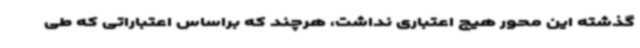
گذشته این محور هیچ اعتباری نداشت، هرچند که براساس اعتباراتی که طی